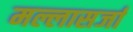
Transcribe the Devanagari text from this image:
मल्लासर्जा